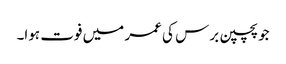
جو پچپن برس کی عمر میں فوت ہوا۔